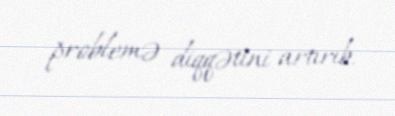
problemə diqqətini artırıb.